Vaccine operations Central Provinces & Berar 1922-1929 - 1922-1929
Year: 1922
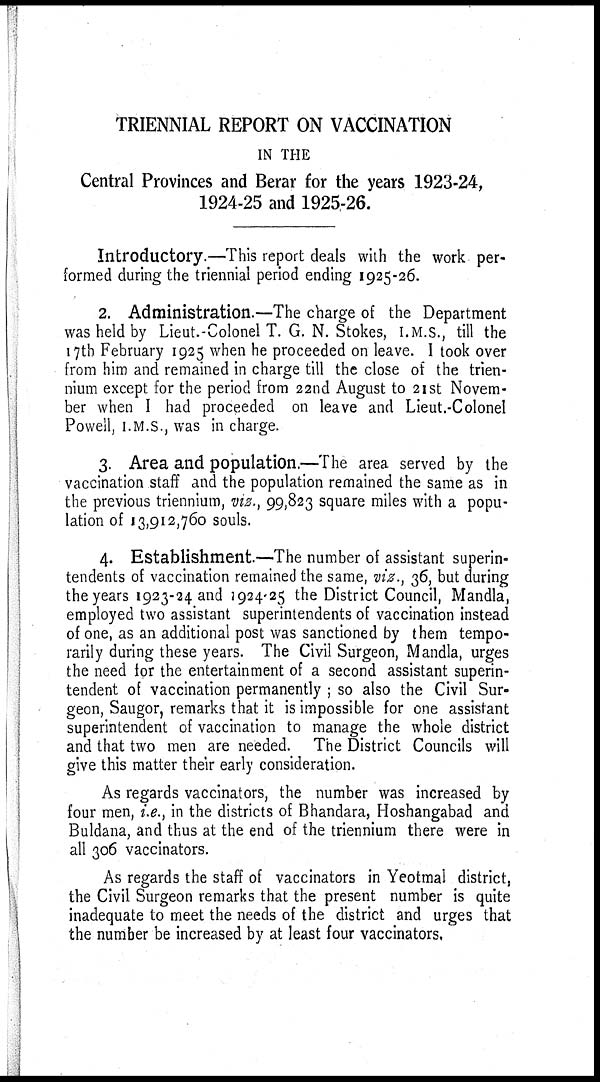
TRIENNIAL REPORT ON VACCINATION
IN THE
Central Provinces and Berar for the years 1923-24,
1924-25 and 1925-26.
Introductory.—This report deals with the work per-
formed during the triennial period ending 1925-26.
2. Administration.—The charge of the Department
was held by Lieut.-Colonel T. G. N. Stokes, I.M.S., till the
17th February 1925 when he proceeded on leave. I took over
from him and remained in charge till the close of the trien-
nium except for the period from 22nd August to 21st Novem-
ber when I had proceeded on leave and Lieut.-Colonel
Powell, I.M.S., was in charge.
3. Area and population.—The area served by the
vaccination staff and the population remained the same as in
the previous triennium, viz., 99,823 square miles with a popu-
lation of 13,912,760 souls.
4. Establishment.—The number of assistant superin-
tendents of vaccination remained the same, viz., 36, but during
the years 1923-24 and 1924-25 the District Council, Mandla,
employed two assistant superintendents of vaccination instead
of one, as an additional post was sanctioned by them tempo-
rarily during these years. The Civil Surgeon, Mandla, urges
the need for the entertainment of a second assistant superin-
tendent of vaccination permanently ; so also the Civil Sur-
geon, Saugor, remarks that it is impossible for one assistant
superintendent of vaccination to manage the whole district
and that two men are needed. The District Councils will
give this matter their early consideration.
As regards vaccinators, the number was increased by
four men, i.e., in the districts of Bhandara, Hoshangabad and
Buldana, and thus at the end of the triennium there were in
all 306 vaccinators.
As regards the staff of vaccinators in Yeotmal district,
the Civil Surgeon remarks that the present number is quite
inadequate to meet the needs of the district and urges that
the number be increased by at least four vaccinators,